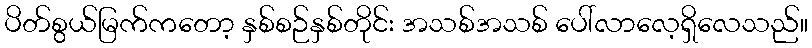
ပိတ်စွယ်မြက်ကတော့ နှစ်စဉ်နှစ်တိုင်း အသစ်အသစ် ပေါ်လာလေ့ရှိလေသည်။